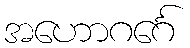
အဟောဂင်္ဂေ